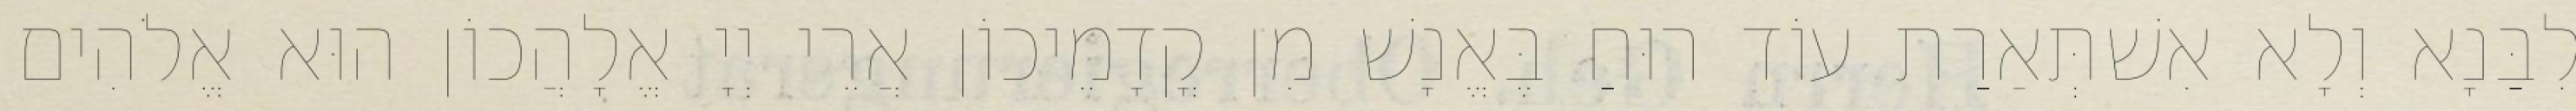
לִבַּנָא וְלָא אִשׁתְּאַרַת עוֹד רוּחַ בֶּאֱנָשׁ מִן קֳדָמֵיכוֹן אֲרֵי יְיָ אֱלָהֲכוֹן הוּא אֱלֹהִים